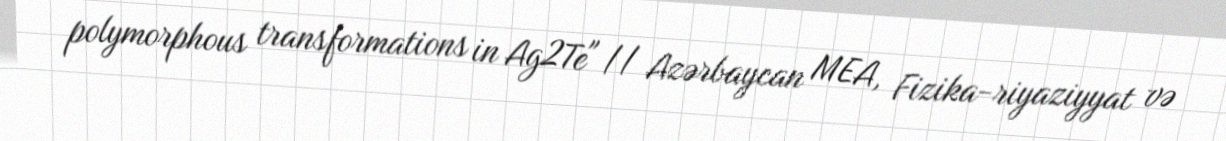
polymorphous transformations in Ag2Te" // Azərbaycan MEA, Fizika-riyaziyyat və